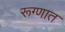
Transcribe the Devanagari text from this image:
रूग्णात